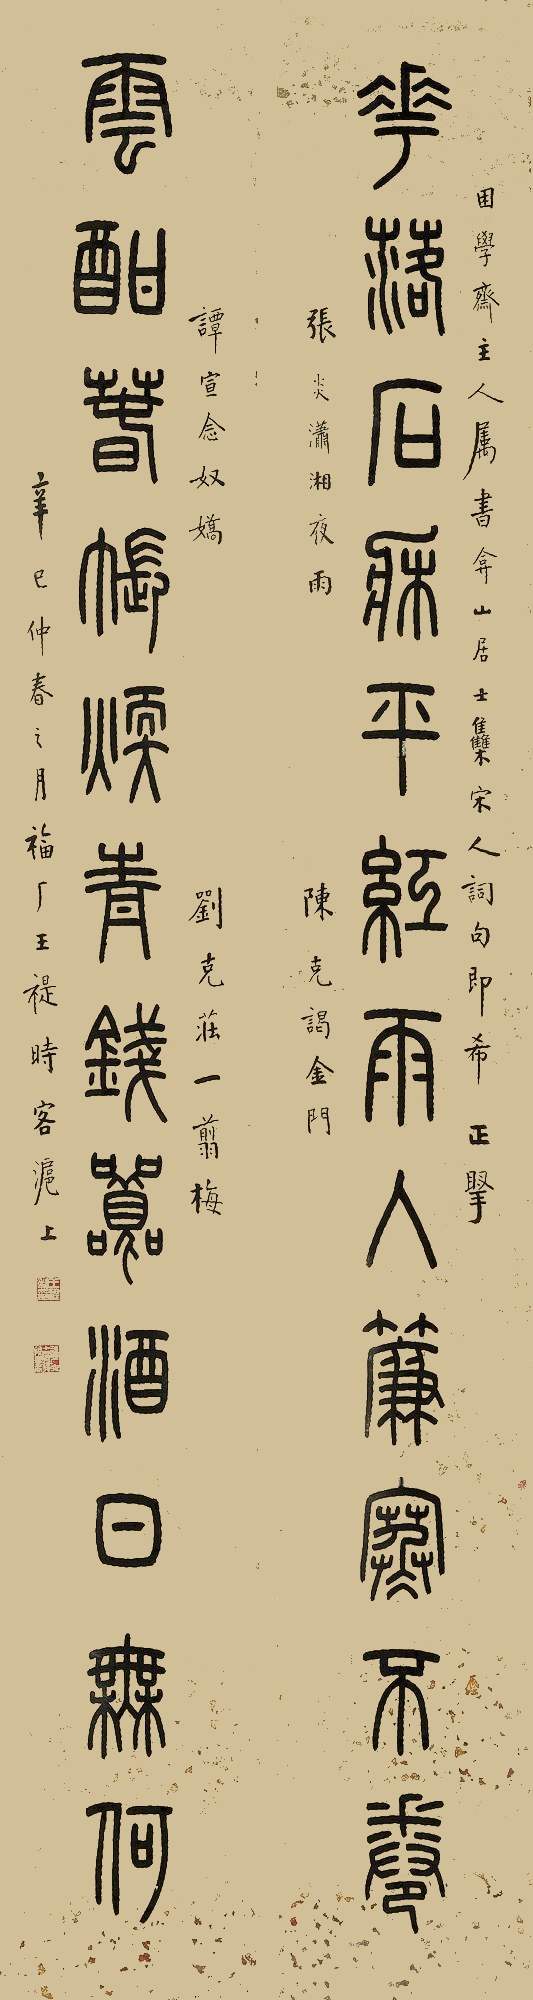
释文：花落石床平红雨入帘寒不卷，云酣春帐焕青钱嚣酒日无何。困学斋主人属书弇山居士集宋人词句，即希正腕。张炎潇湘夜雨，陈克谒金门，谭宣念奴娇，刘克庄一翦梅。辛巳仲春之月，福厂王禔时客沪上。